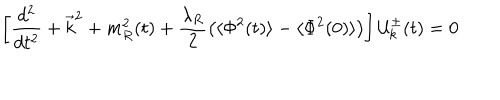
\left[ \frac { d ^ { 2 } } { d t ^ { 2 } } + \vec { k } ^ { 2 } + m _ { R } ^ { 2 } ( t ) + \frac { \lambda _ { R } } { 2 } \left( \langle \Phi ^ { 2 } ( t ) \rangle - \langle \Phi ^ { 2 } ( 0 ) \rangle \right) \right] { \cal { U } } _ { k } ^ { \pm } ( t ) = 0